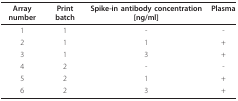
<table><thead><tr><td><b>Array number</b></td><td><b>Print batch</b></td><td><b>Spike-in antibody concentration [ng/ml]</b></td><td><b>Plasma</b></td></tr></thead><tbody><tr><td>1</td><td>1</td><td>-</td><td>-</td></tr><tr><td>2</td><td>1</td><td>1</td><td>+</td></tr><tr><td>3</td><td>1</td><td>3</td><td>+</td></tr><tr><td>4</td><td>2</td><td>-</td><td>-</td></tr><tr><td>5</td><td>2</td><td>1</td><td>+</td></tr><tr><td>6</td><td>2</td><td>3</td><td>+</td></tr></tbody></table>